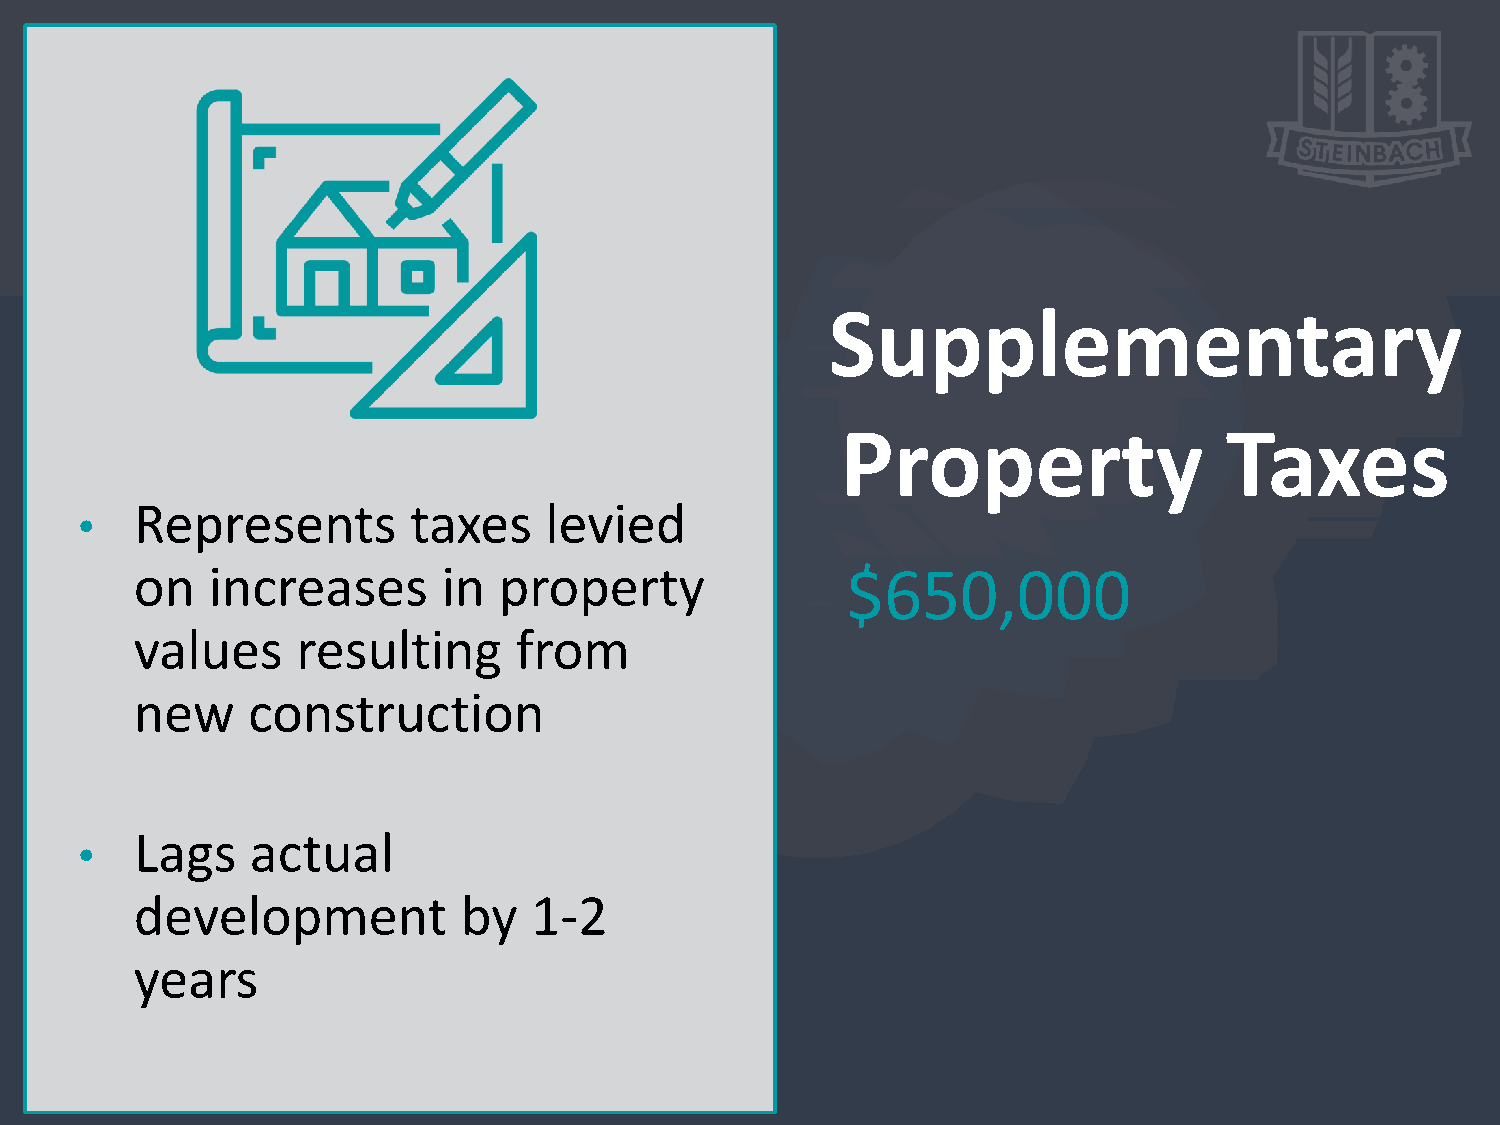
Supplementary
 Property                 Taxes
 Represents        taxes    levied
 •
 on   increases      in  property               $650,000
 values     resulting     from
 new    construction
 Lags    actual
 •
 development           by  1-2
 years